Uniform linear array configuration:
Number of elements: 24
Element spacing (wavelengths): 0.5
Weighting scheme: blackman
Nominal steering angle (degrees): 0
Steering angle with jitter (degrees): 1.795
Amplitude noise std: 0.05
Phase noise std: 0.05

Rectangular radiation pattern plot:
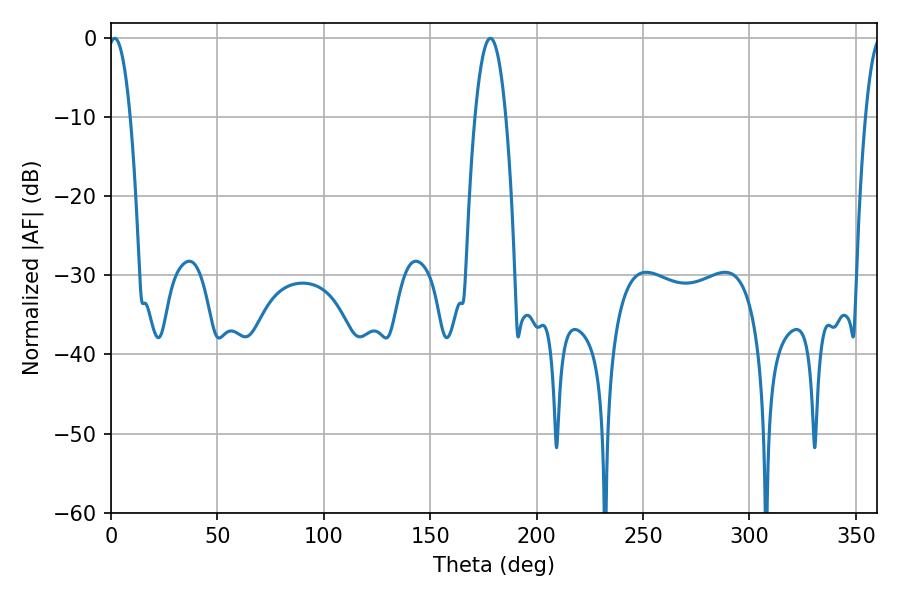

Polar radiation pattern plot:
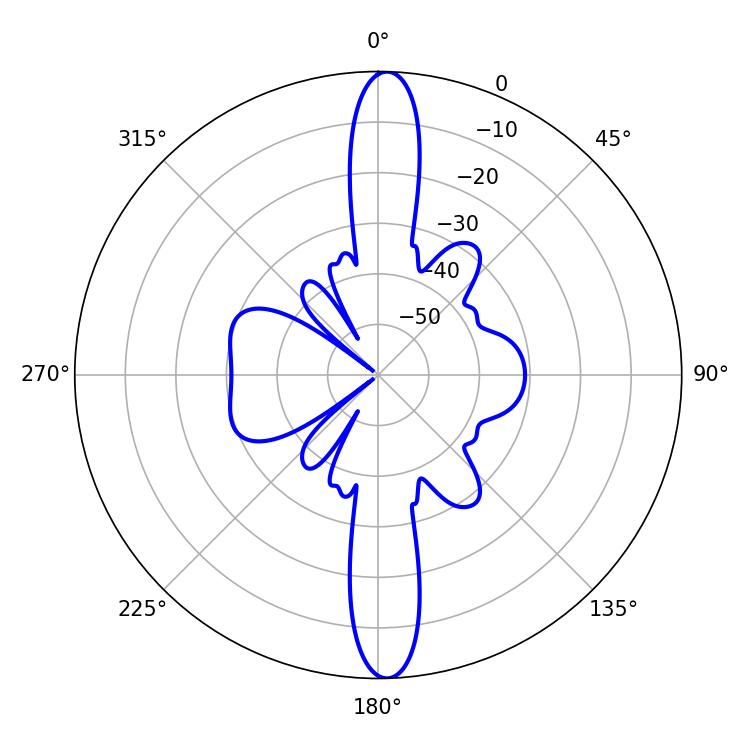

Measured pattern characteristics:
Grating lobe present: FALSE
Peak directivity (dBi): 23.418
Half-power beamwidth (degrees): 5.76
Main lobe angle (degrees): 1.8